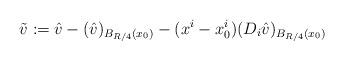
LaTeX: \begin{align*}\tilde v:=\hat v-(\hat v)_{B_{R/4}(x_0)}-(x^i-x_0^i)(D_i \hat v)_{B_{R/4}(x_0)}\end{align*}